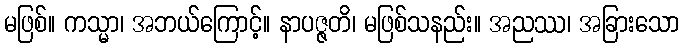
မဖြစ်။ ကသ္မာ၊ အဘယ်ကြောင့်။ နာပဇ္ဇတိ၊ မဖြစ်သနည်း။ အညဿ၊ အခြားသော